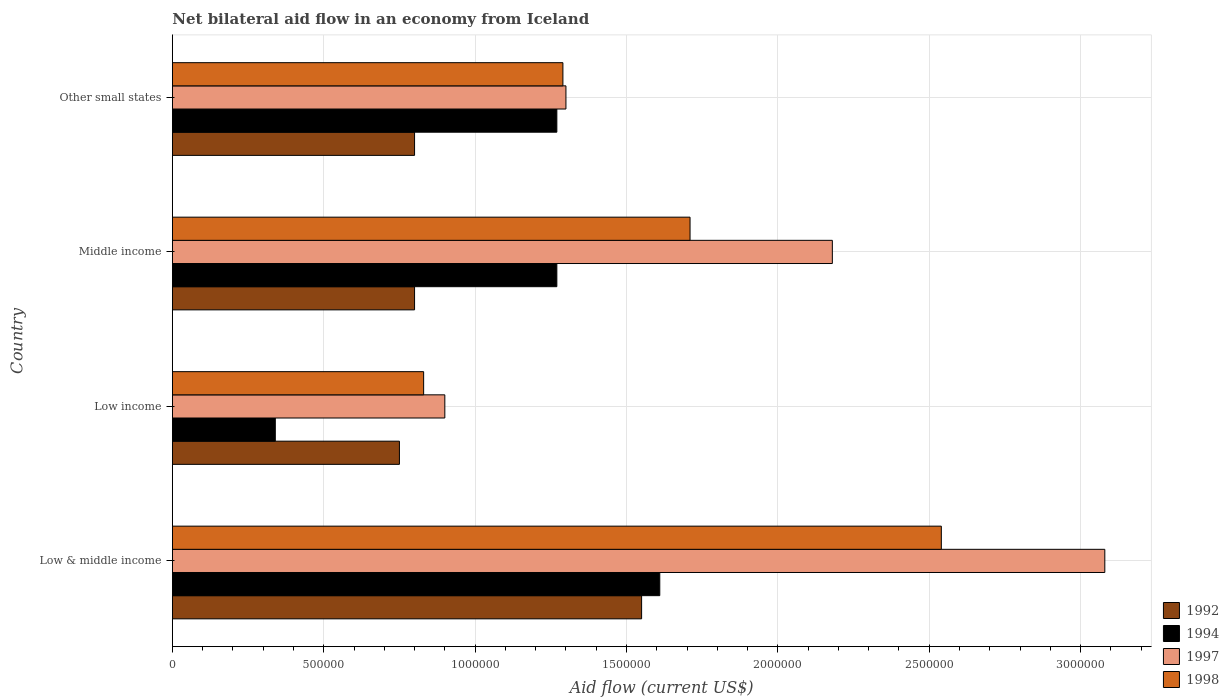
| Country | 1992 | 1994 | 1997 | 1998 |
 | --- | --- | --- | --- | --- |
 | Low & middle income | 1.55e+06 | 1.61e+06 | 3.08e+06 | 2.54e+06 |
 | Low income | 7.5e+05 | 3.4e+05 | 9e+05 | 8.3e+05 |
 | Middle income | 8e+05 | 1.27e+06 | 2.18e+06 | 1.71e+06 |
 | Other small states | 8e+05 | 1.27e+06 | 1.3e+06 | 1.29e+06 |